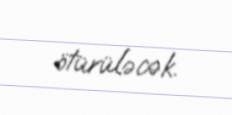
ötürüləcək.